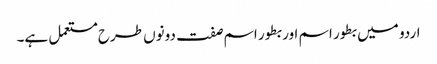
اردو میں بطور اسم اور بطور اسم صفت دونوں طرح مستعمل ہے۔